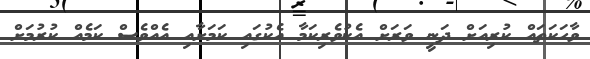
ވާހަކަތައް ކުރިއަށް ދަނީ ވަރަށް އެކުވެރިކަމާ އެކުގައި ކަމަށާއި އެއްވެސް ކަމެއް ކުރުމަށް